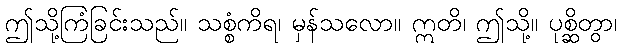
ဤသို့ကြံခြင်းသည်။ သစ္စံကိရ၊ မှန်သလော။ ဣတိ၊ ဤသို့။ ပုစ္ဆိတွာ၊